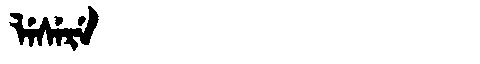
Manchu: ᠯᡝᠰᡝᡵᡝ
Romanization: LESERE